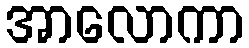
အာလောကာ